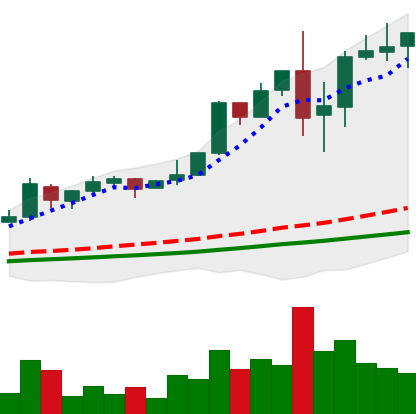
Ticker: LTC-USD
Chart end date: 2017-12-04
Forward return: 48.933%
Label: up_7plus